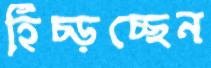
হিঁচ্‌ড়চ্ছেন